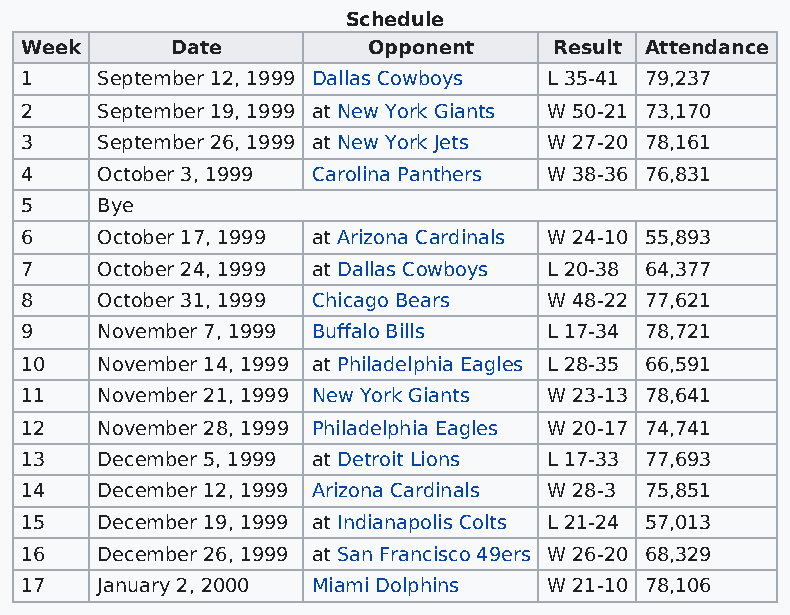
Schedule
 Week      Date         Opponent     Result Attendance
 1    September 12, 1999 Dallas Cowboys L 35-41 79,237
 2    September 19, 1999 at New York Giants W 50-21 73,170
 3    September 26, 1999 at New York Jets W 27-20 78,161
 4    October 3, 1999 Carolina Panthers W 38-36 76,831
 5    Bye
 6    October 17, 1999 at Arizona Cardinals W 24-10 55,893
 7    October 24, 1999 at Dallas Cowboys L 20-38 64,377
 8    October 31, 1999 Chicago Bears W 48-22 77,621
 9    November 7, 1999 Buffalo Bills L 17-34 78,721
 10   November 14, 1999 at Philadelphia Eagles L 28-35 66,591
 11   November 21, 1999 New York Giants W 23-13 78,641
 12   November 28, 1999 Philadelphia Eagles W 20-17 74,741
 13   December 5, 1999 at Detroit Lions L 17-33 77,693
 14   December 12, 1999 Arizona Cardinals W 28-3 75,851
 15   December 19, 1999 at Indianapolis Colts L 21-24 57,013
 16   December 26, 1999 at San Francisco 49ers W 26-20 68,329
 17   January 2, 2000 Miami Dolphins W 21-10 78,106